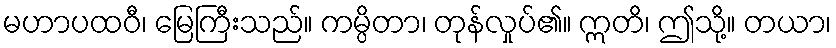
မဟာပထဝီ၊ မြေကြီးသည်။ ကမ္ပိတာ၊ တုန်လှုပ်၏။ ဣတိ၊ ဤသို့။ တယာ၊